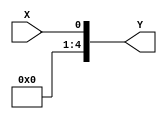
module widen5bit(X,Y);
	input X;
	output [4:0] Y;
	
	assign Y[0]=X;
	assign Y[4:1]=4'b0000;
	
endmodule